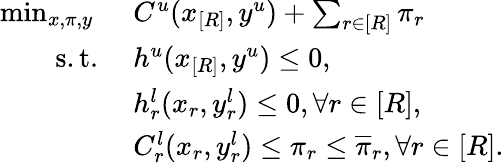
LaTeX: \begin{array}{rl}{\operatorname*{min}_{x,\pi,y}\ }&{C^{u}(x_{[R]},y^{u})+\sum_{r\in[R]}\pi_{r}}\\ {\mathrm{s.t.}\ }&{h^{u}(x_{[R]},y^{u})\leq 0,}\\ &{h_{r}^{l}(x_{r},y_{r}^{l})\leq 0,\forall r\in[R],}\\ &{C_{r}^{l}(x_{r},y_{r}^{l})\leq\pi_{r}\leq\overline{{\pi}}_{r},\forall r\in[R].}\end{array}